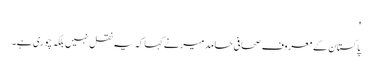
'
پاکستان کے معروف صحافی حامد میر نے کہا کہ یہ نقل نہیں بلکہ چوری ہے۔